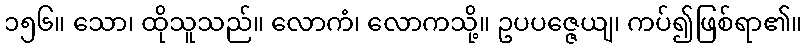
၁၅၆။ သော၊ ထိုသူသည်။ လောကံ၊ လောကသို့။ ဥပပဇ္ဇေယျ၊ ကပ်၍ဖြစ်ရာ၏။